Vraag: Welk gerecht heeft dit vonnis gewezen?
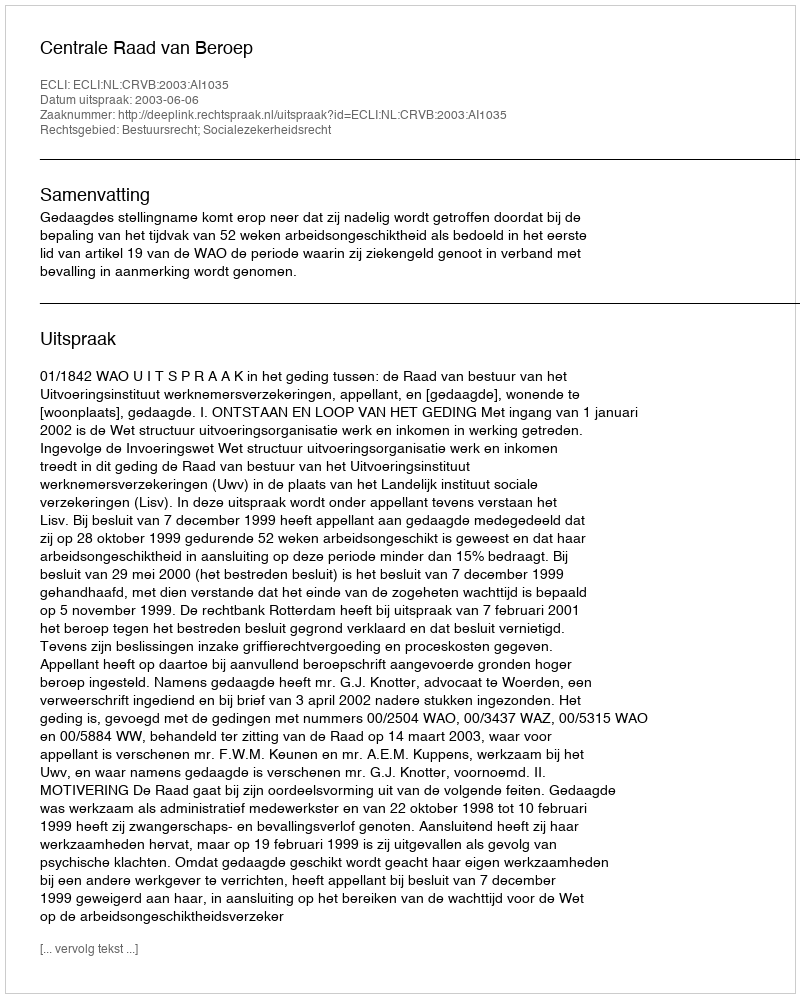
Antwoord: Centrale Raad van Beroep